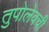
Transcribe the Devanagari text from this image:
तुपोलेवची